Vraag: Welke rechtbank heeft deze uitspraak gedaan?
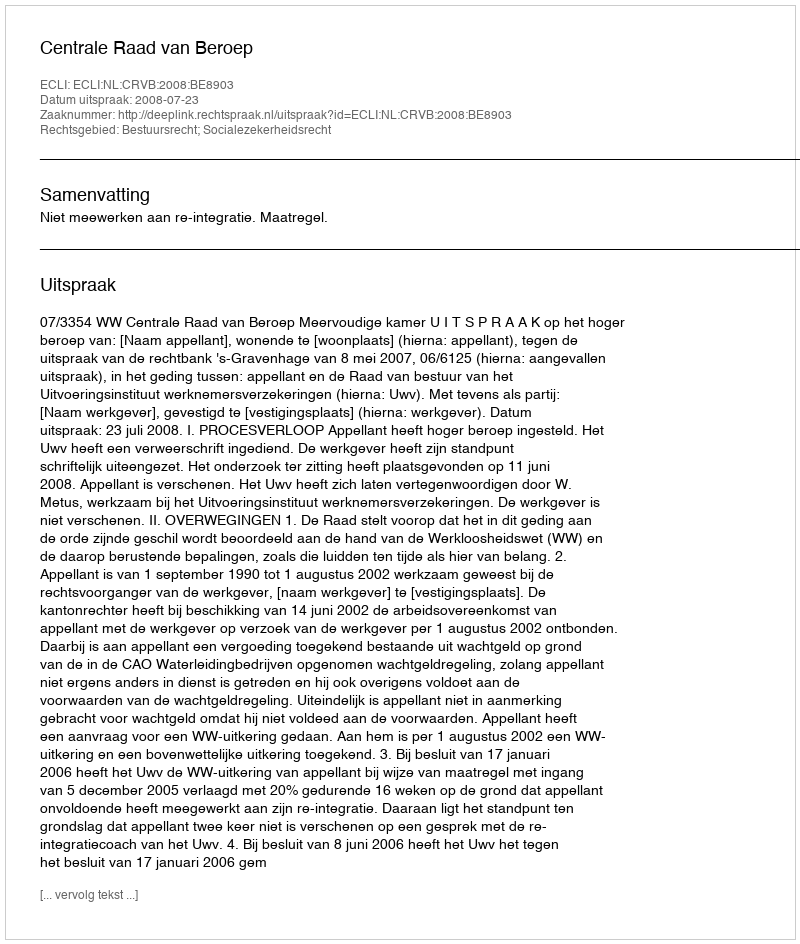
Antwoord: Centrale Raad van Beroep